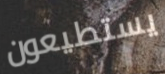
يستطيعون